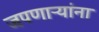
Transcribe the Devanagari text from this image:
जपणाऱ्यांना